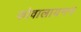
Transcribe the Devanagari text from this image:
कोवालायनन